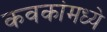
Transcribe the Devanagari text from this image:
कवकांमध्ये